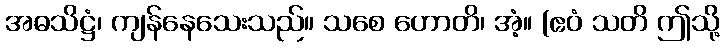
အဓသိဋ္ဌံ၊ ကျန်နေသေးသည်။ သစေ ဟောတိ၊ အံ့။ (ဧဝံ သတိ ဤသို့